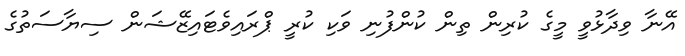
އޭނާ ވިދާޅުވީ މީގެ ކުރިން ތިން ކުންފުނި ވަކި ކުރީ ޕްރައިވެޓައިޒޭޝަން ސިޔާސަތުގެ